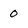
Character: 0